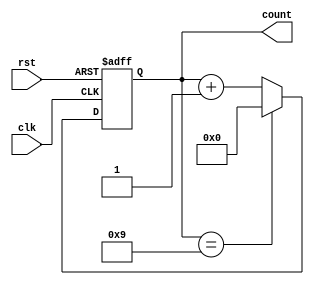
module decade_counter (
  input wire clk,
  input wire rst,
  
  output reg [3:0] count
);

always @(posedge clk or posedge rst)
begin
  if (rst)
    count <= 4'b0000;
  else if (count == 4'b1001)
    count <= 4'b0000;
  else
    count <= count + 1;
end

endmodule